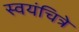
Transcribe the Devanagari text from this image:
स्वयंचित्रे